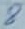
Text: 8